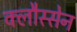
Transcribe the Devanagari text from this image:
क्लौस्सेन